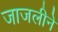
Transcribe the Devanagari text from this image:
जाजलीने